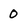
Character: 0